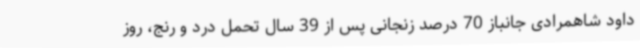
داود شاهمرادی جانباز 70 درصد زنجانی پس از 39 سال تحمل درد و رنج، روز